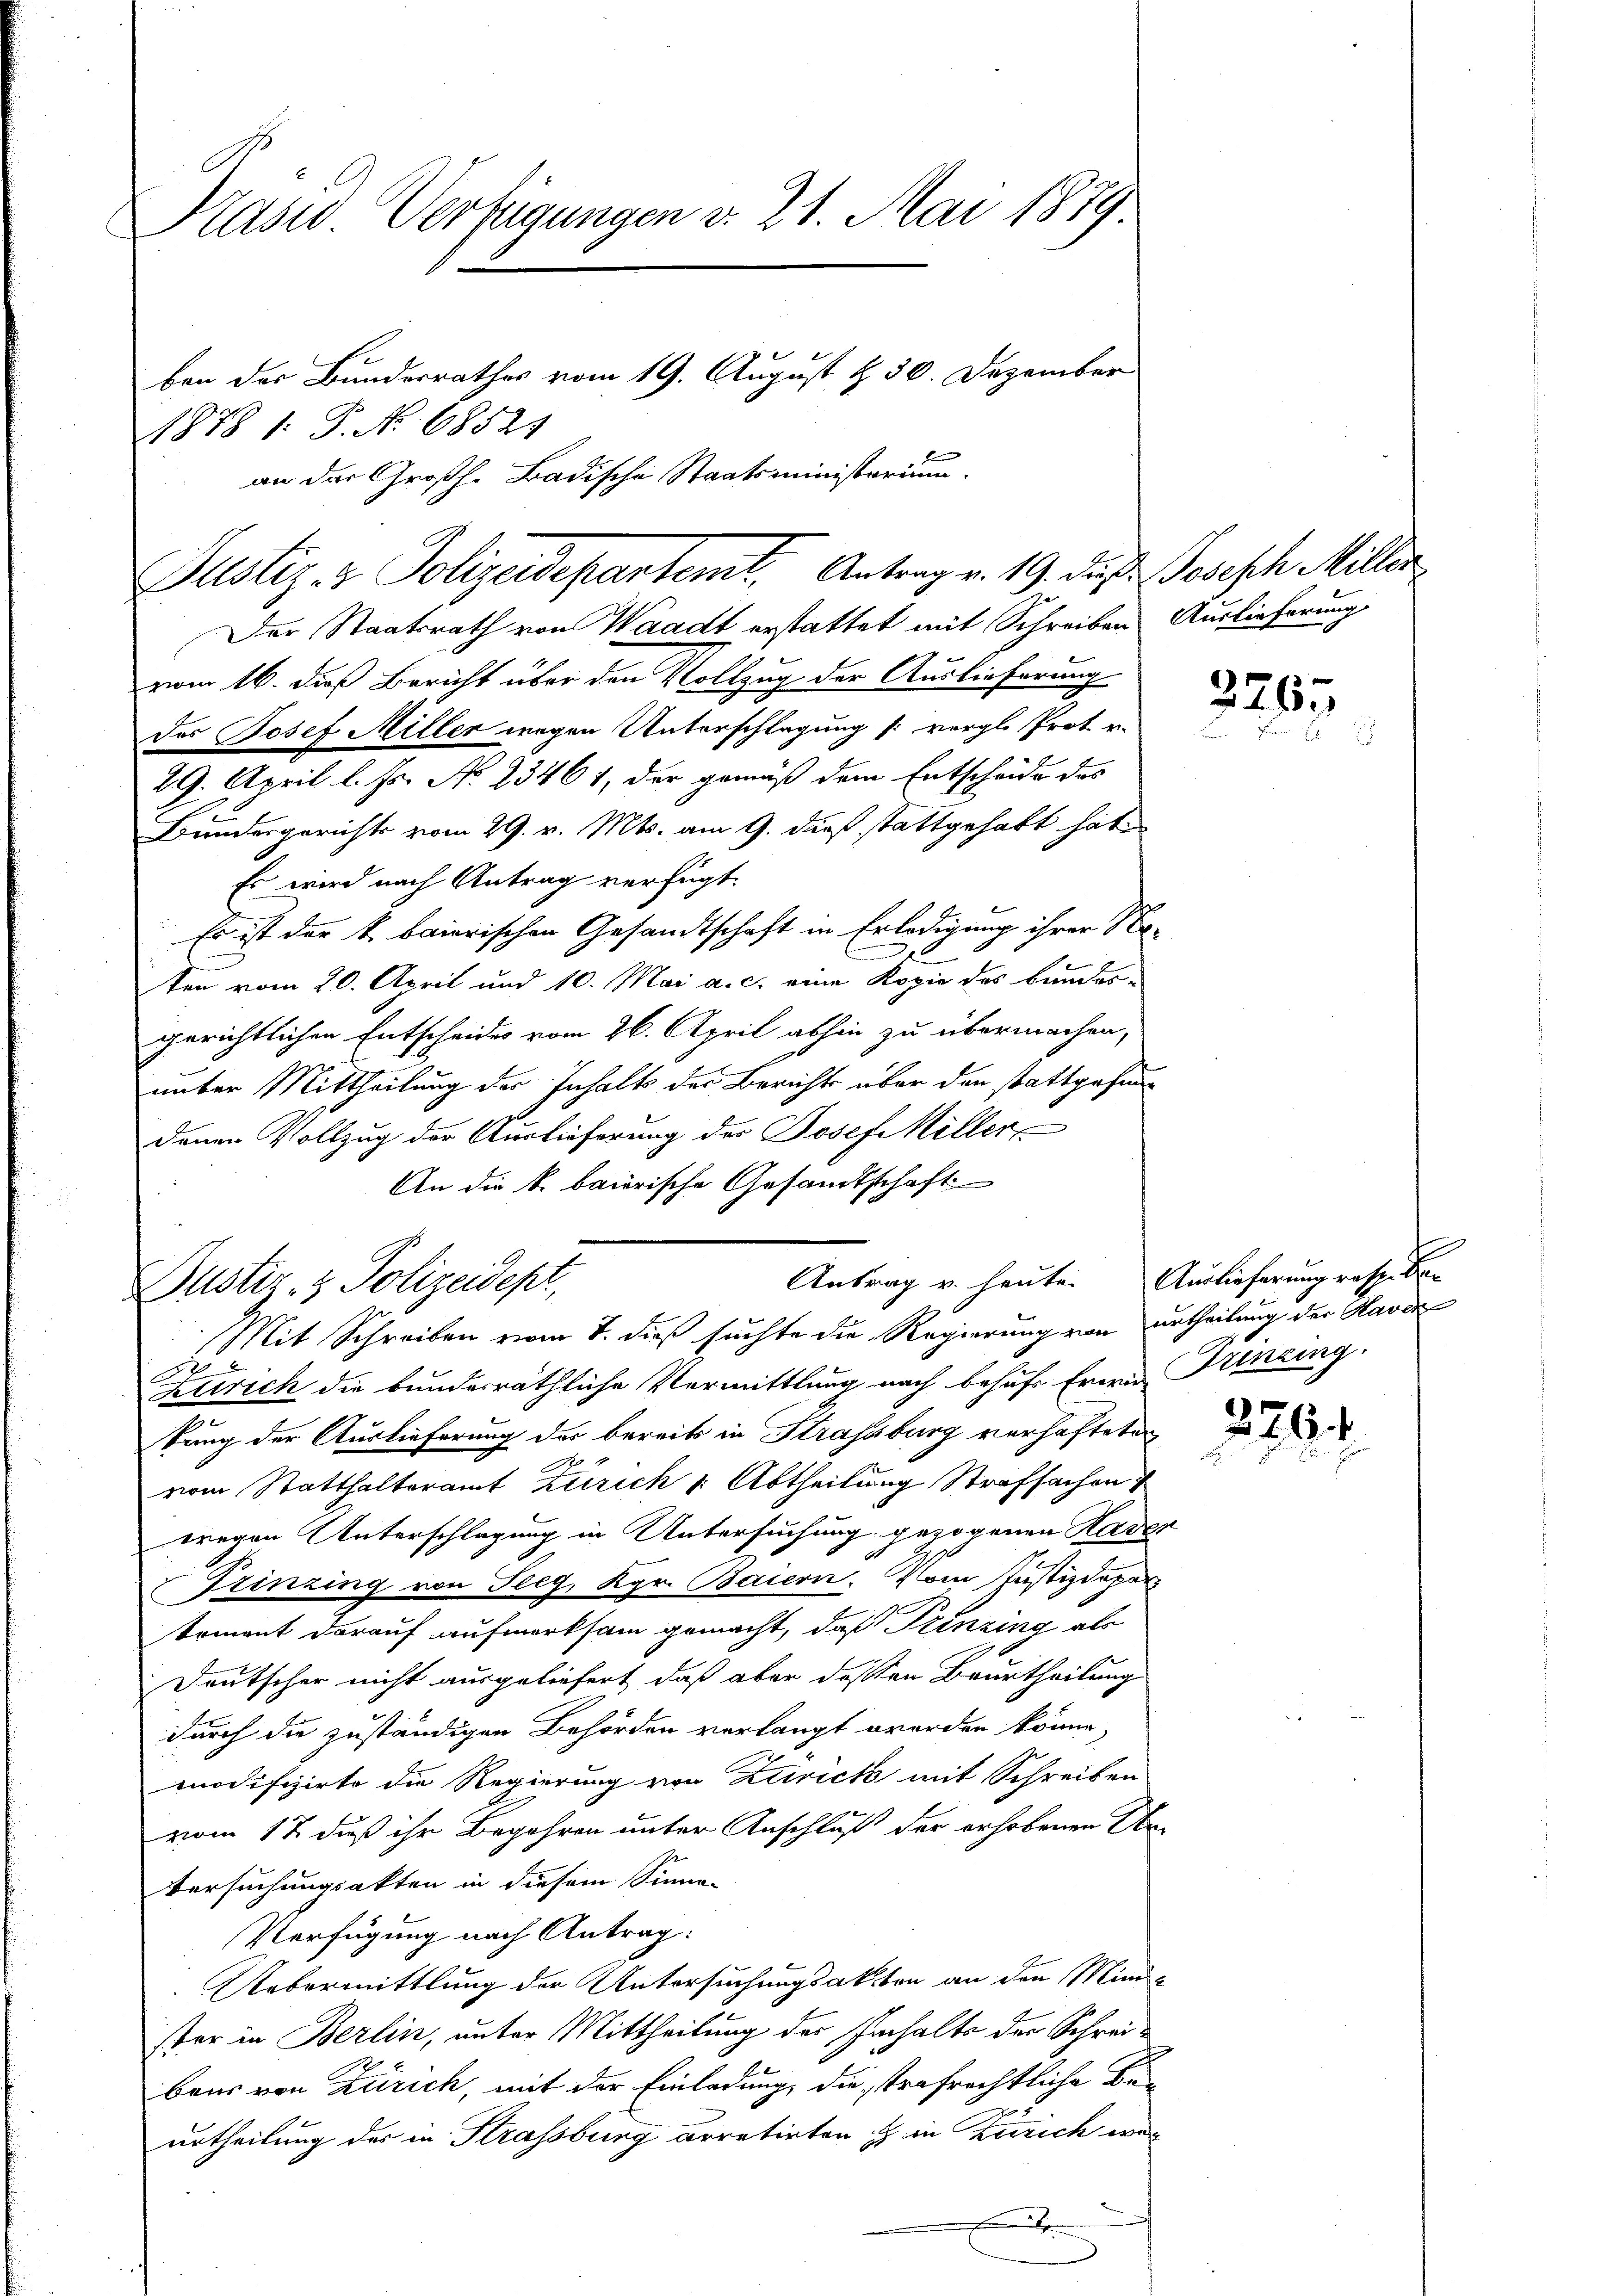
Prasis Verfügungen v. 21. Mai 1879

1878 1. P. No. 68521
an der Großh. Badische Staatsministerium
Der Staatsrath von Waadt erstattet mit Schreiben Auslieferung
vom 16. daß Bericht über den Vollzug der Auslieferung
des Josef Miller wegen Unterschlagung (: vergl. Prot u.
29. April l. Js. No 23461, der gemäß dem Entscheide das
Bundesgerichts vom 29. v. Mts. am 9. dieß stattgehabt hat.
Es wird nach Antrag verfügt:
Es ist der k. baierischen Gesandtschaft in Erledigung ihrer St
ten vom 20. April und 10. Mai a. c. eine Kopie des Bundesgerichtlichen Entscheides vom 26. April abhin zu übermachen,
unter Mittheilung des Inhalts der Berichte über den stattgefun
denen Vollzug der Auslieferung des Josef Hiller
An die k. bairische Gesandtschaft
Antrag v. heute.
Dustiz- & Polizeidept,
Mit Schreiben vom 8. dieß suchte die Regierung von urtheilung der Harde
x
Kttrich die bundesräthliche Vermittlung nach behufs Erern Prinzing.
kung der Auslieferung der bereits in Strassburg verhafteten
vom Statthalteramt Zürich v. Abtheilung Strafsachen
wregen Unterschlagung in Untersuchung gezogenen Kar
Prinzing von Seeg, Kgr. Baiern. Vom Justizdeparkoment darauf aufmerksam gemacht, daß Prinzing als
Deutscher nicht ausgeliefert, daß aber dessen Beurtheilung
durch die zuständigen Behörden verlangt werden könne,
modifizirte die Regierung von Zurick mit Schreiben
vom 12. daß ihr Begehren unter Anschluß der erhobenen Ur
Versuchungsakten in diesem Sinne-
Verfügung nach Antrag:
Uebermittlung der Untersuchungsakten an den Mini
ster in Berlin, unter Mittheilung des Innhalte der Schreibaus von Zürich, mit der Einladung, die strafrechtliche Be-
urtheilung der in Strassburg arretirten & in Zürich wee

ben des Bundesrathes vom 19. August & 30. Dezember

Justiz- & Polizeidepartemt. Antrag v. 19. des Joseph Miller

2267.

Auslieferung resp. be

29

2794